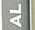
al